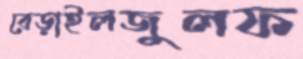
বেড়াইলজুলফ